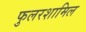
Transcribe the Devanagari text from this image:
फुलरशामिल